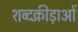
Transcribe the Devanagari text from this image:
शब्दक्रीड़ाओं